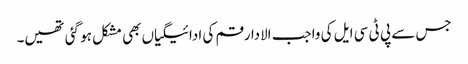
جس سے پی ٹی سی ایل کی واجب الادا رقم کی ادائیگیاں بھی مشکل ہو گئی تھیں۔